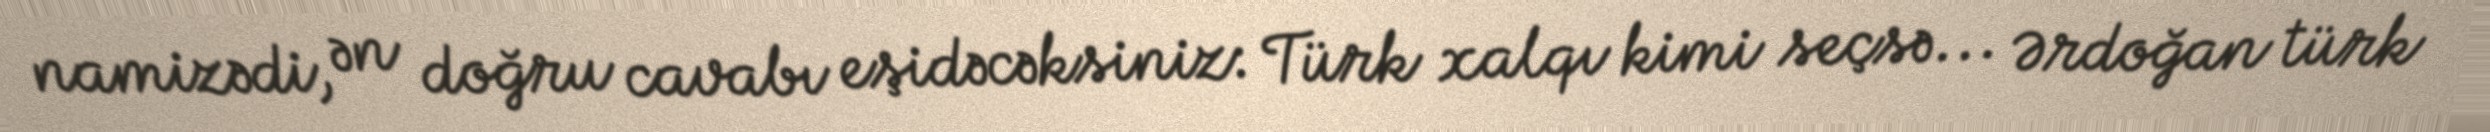
namizədi, ən doğru cavabı eşidəcəksiniz: Türk xalqı kimi seçsə... Ərdoğan türk